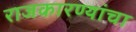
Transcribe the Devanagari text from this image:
राजकारण्यांचा